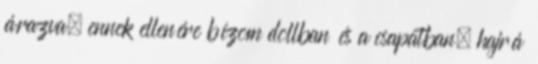
árazva. ennek ellenére bízom dollban és a csapatban, hajrá